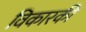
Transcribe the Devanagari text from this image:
विकारकी